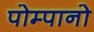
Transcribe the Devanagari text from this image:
पोम्पानो